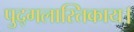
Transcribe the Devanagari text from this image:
पुद्गलास्तिकाय।